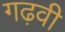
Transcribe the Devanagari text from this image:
गढ़वी